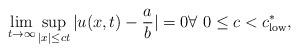
LaTeX: \begin{align*}\lim_{t\rightarrow\infty}\sup_{|x|\leq ct}|u(x,t)-\frac{a}{b}|=0\forall\,\, 0\leq c < c^{\ast}_{\rm low},\end{align*}